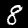
Label: 8